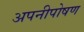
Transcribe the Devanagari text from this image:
अपनीपोषण